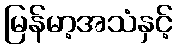
မြန်မာ့အသံနှင့်